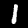
Digit: 1